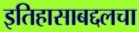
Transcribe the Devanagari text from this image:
इतिहासाबद्दलचा